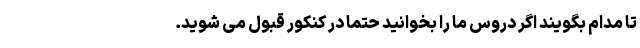
تا مدام بگویند اگر دروس ما را بخوانید حتما در کنکور قبول می‌ شوید.